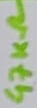
Text: 47KΩ